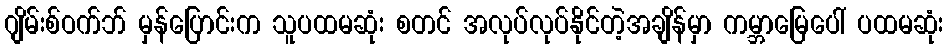
ဂျိမ်းစ်ဝက်ဘ် မှန်ပြောင်းက သူပထမဆုံး စတင် အလုပ်လုပ်နိုင်တဲ့အချိန်မှာ ကမ္ဘာမြေပေါ် ပထမဆုံး